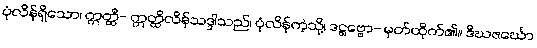
ပုံလိန်ရှိသော၊ ဣတ္ထီ- ဣတ္ထိလိန်သဒ္ဒါသည်၊ ပုံလိန်ကဲ့သို့၊ ဒဋ္ဌဗ္ဗော- မှတ်ထိုက်၏။ ဒီဃဇင်္ဃော